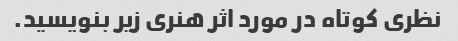
نظری کوتاه در مورد اثر هنری زیر بنویسید.